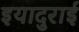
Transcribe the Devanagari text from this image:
इयादुराई